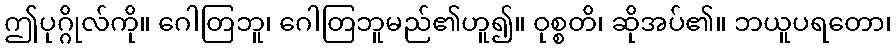
ဤပုဂ္ဂိုလ်ကို။ ဂေါတြဘူ၊ ဂေါတြဘူမည်၏ဟူ၍။ ဝုစ္စတိ၊ ဆိုအပ်၏။ ဘယူပရတော၊